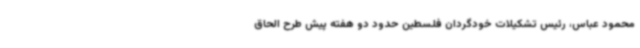
محمود عباس، رئیس تشکیلات خودگردان فلسطین حدود دو هفته پیش طرح الحاق